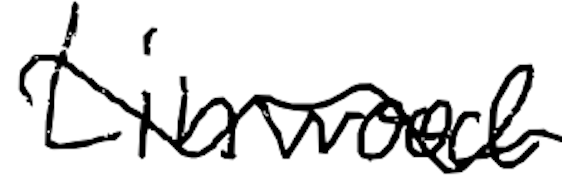
Text: Linwood
Cross-out: wave
Writing tool: digital_black